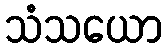
သံသယော